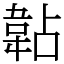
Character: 䪓